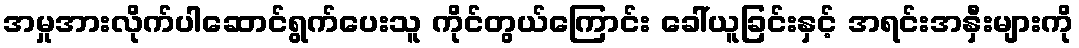
အမှုအားလိုက်ပါဆောင်ရွက်ပေးသူ ကိုင်တွယ်ကြောင်း ခေါ်ယူခြင်းနှင့် အရင်းအနှီးများကို